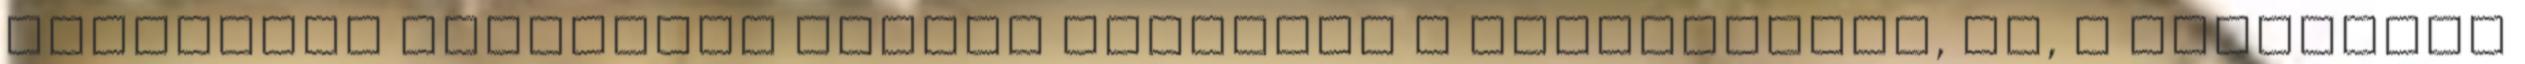
Kodállyal Berzsenyi Dániel üzenetét A Magyarokhoz, mi, a negyvenes